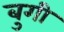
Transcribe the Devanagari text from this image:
बुगी